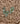
هيا